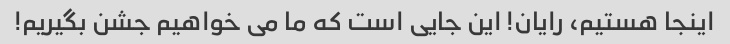
اینجا هستیم، رایان! این جایی است که ما می خواهیم جشن بگیریم!